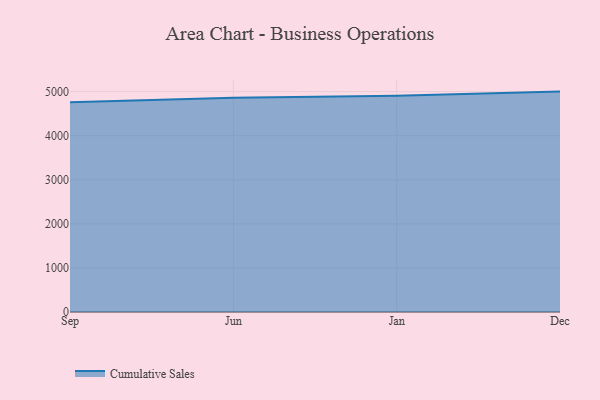
{"axis": {"x": "Month", "y": "LTV (USD)"}, "legend": ["Cumulative Sales"], "data": [{"x": "Sep", "y": 4759.7, "type": "Cumulative Sales"}, {"x": "Jun", "y": 4859.1, "type": "Cumulative Sales"}, {"x": "Jan", "y": 4905.9, "type": "Cumulative Sales"}, {"x": "Dec", "y": 5000, "type": "Cumulative Sales"}]}